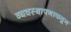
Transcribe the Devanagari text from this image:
व्यवस्थापनाकडून